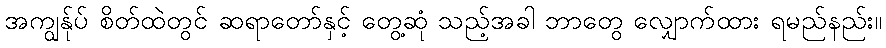
အကျွန်ုပ် စိတ်ထဲတွင် ဆရာတော်နှင့် တွေ့ဆုံ သည့်အခါ ဘာတွေ လျှောက်ထား ရမည်နည်း။